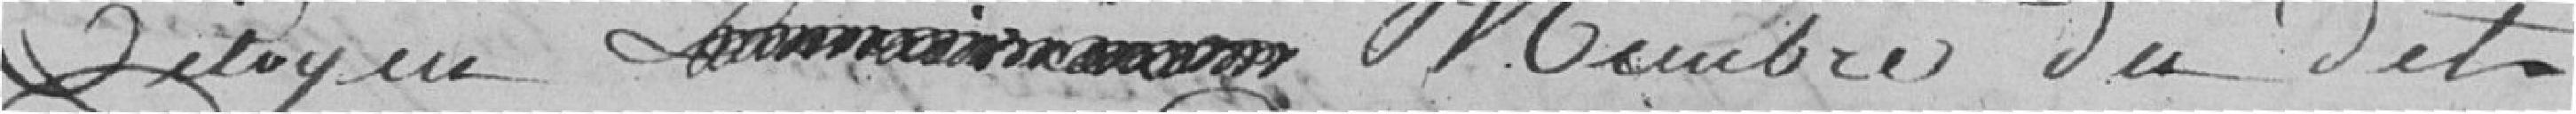
citoyen D..... membre du dit